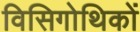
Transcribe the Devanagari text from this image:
विसिगोथिकों